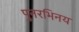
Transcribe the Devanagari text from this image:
पुनरभिनय